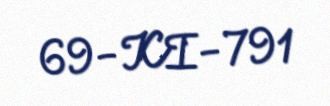
69-KI-791